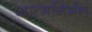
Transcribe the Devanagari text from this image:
आत्मनिर्भन